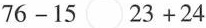
$$7 6 1 5 \circ 2 3 + 2 4$$